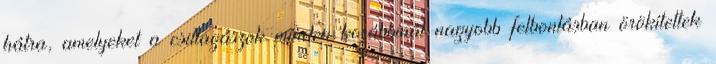
hátra, amelyeket a csillagászok minden korábbinál nagyobb felbontásban örökítettek